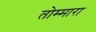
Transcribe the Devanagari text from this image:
तोम्मारा